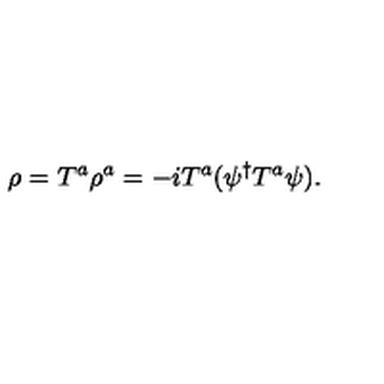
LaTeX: \rho = { T } ^ { a } \rho ^ { a } = - i { T } ^ { a } ( \psi ^ { \dagger } { T } ^ { a } \psi ) .